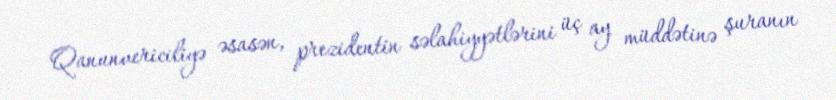
Qanunvericiliyə əsasən, prezidentin səlahiyyətlərini üç ay müddətinə şuranın